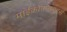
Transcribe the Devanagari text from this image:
माईक्रोकम्प्यूटर्स